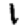
Digit: 1